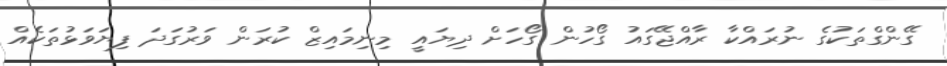
ގޭންގްތަކުގެ ނުރައްކާ ރާއްޖޭގައު ގޯހުން ގޯހަށް ދިޔައީ މިނިމައިޒް ކުރަން ވަރުގަދަ ފިޔަވަޅުތަކެއް